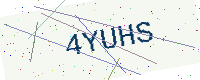
Text: 4YUHS